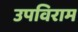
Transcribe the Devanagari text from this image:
उपविराम